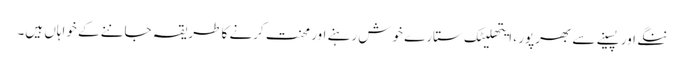
ننگے اور پسینے سے بھرپور ، ایتھلیٹک ستارے خوش رہنے اور محنت کرنے کا طریقہ جاننے کے خواہاں ہیں۔